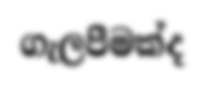
ගැලපීමක්ද